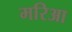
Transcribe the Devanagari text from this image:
मरिआ